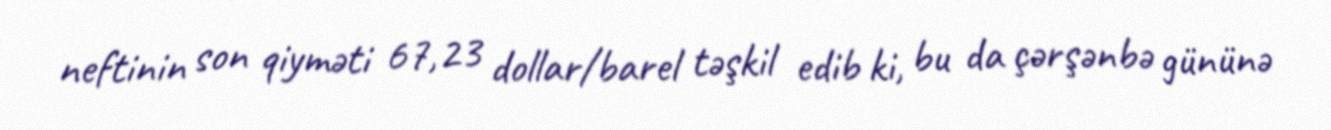
neftinin son qiyməti 67,23 dollar/barel təşkil edib ki, bu da çərşənbə gününə